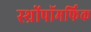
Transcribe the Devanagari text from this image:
स्थ्रोंपॉमर्फिक